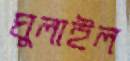
ঘুলাইল